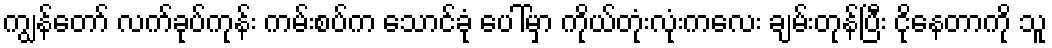
ကျွန်တော် လက်ခုပ်ကုန်း ကမ်းစပ်က သောင်ခုံ ပေါ်မှာ ကိုယ်တုံးလုံးကလေး ချမ်းတုန်ပြီး ငိုနေတာကို သူ